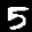
Label: 5